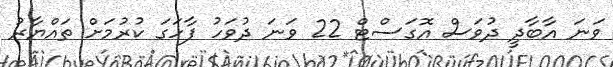
ވަނަ އާބާދީ ދުވަސް އޮގަސްޓް 22 ވަނަ ދުވަހު ފާހަގަ ކުރުމަށް ތައްޔާރު